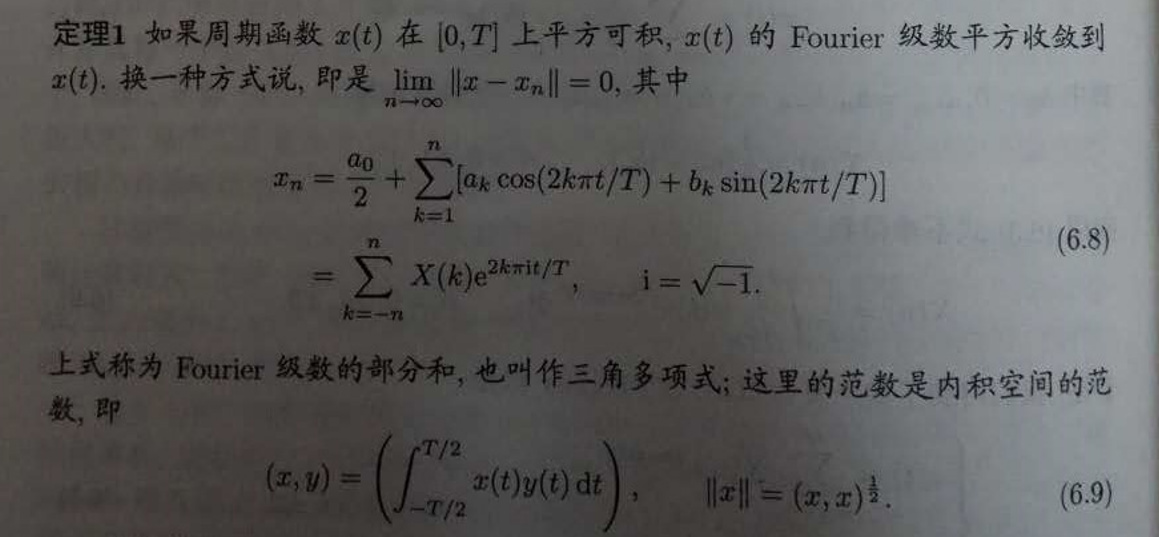
定理1 如果周期函数$x(t)$在$[0,T]$上平方可积，$x(t)$的Fourier级数平方收敛到$x(t)$. 换一种方式说，即是$\lim_{n\rightarrow\infty} \|x - x_n\| = 0$, 其中
\[
\begin{align*}
x_n&=\frac{a_0}{2}+\sum_{k = 1}^{n}[a_k\cos(2k\pi t/T)+b_k\sin(2k\pi t/T)]\\
&=\sum_{k=-n}^{n}X(k)\mathrm{e}^{2k\pi\mathrm{i}t/T},\quad \mathrm{i}=\sqrt{-1}.
\end{align*}
\]
上式称为Fourier级数的部分和，也叫作三角多项式；这里的范数是内积空间的范数，即
\[
(x,y)=\left(\int_{-T/2}^{T/2}x(t)y(t)\mathrm{d}t\right),\quad \|x\|=(x,x)^{\frac{1}{2}}.
\]